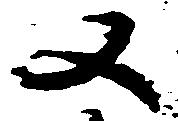
又